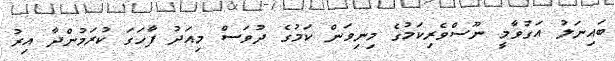
ބައިނަލު އަގުވާމީ ނޫސްވެރިކަމުގެ މިނިވަން ކަމުގެ ދުވަސް މިއަދު ފާހަގަ ކުރަމުންދާ އިރު